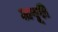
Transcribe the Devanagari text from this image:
अपूरी